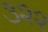
૩૨૨